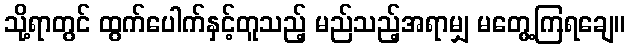
သို့ရာတွင် ထွက်ပေါက်နှင့်တူသည့် မည်သည့်အရာမျှ မတွေ့ကြရချေ။